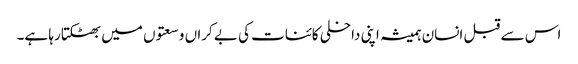
اس سے قبل انسان ہمیشہ اپنی داخلی کائنات کی بے کراں وسعتوں میں بھٹکتا رہا ہے۔